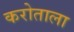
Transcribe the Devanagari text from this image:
करोताला